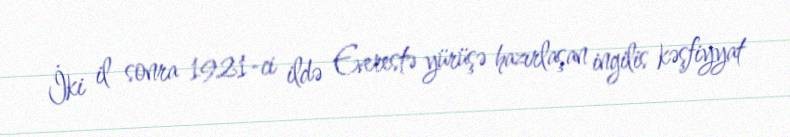
İki il sonra 1921-ci ildə Everestə yürüşə hazırlaşan ingilis kəşfiyyat